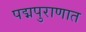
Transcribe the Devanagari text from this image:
पद्मपुराणात